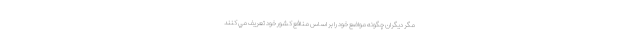
مگر ديگران چگونه مواضع خود را بر اساس منافع كشور خود تعریف مي كنند